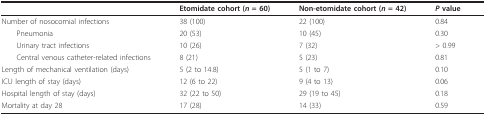
<table><thead><tr><td></td><td><b>Etomidate cohort (<i>n </i>= 60)</b></td><td><b>Non-etomidate cohort (<i>n </i>= 42)</b></td><td><b><i>P </i>value</b></td></tr></thead><tbody><tr><td>Number of nosocomial infections</td><td>38 (100)</td><td>22 (100)</td><td>0.84</td></tr><tr><td> Pneumonia</td><td>20 (53)</td><td>10 (45)</td><td>0.30</td></tr><tr><td> Urinary tract infections</td><td>10 (26)</td><td>7 (32)</td><td>&gt; 0.99</td></tr><tr><td> Central venous catheter-related infections</td><td>8 (21)</td><td>5 (23)</td><td>0.81</td></tr><tr><td>Length of mechanical ventilation (days)</td><td>5 (2 to 14.8)</td><td>5 (1 to 7)</td><td>0.10</td></tr><tr><td>ICU length of stay (days)</td><td>12 (6 to 22)</td><td>9 (4 to 13)</td><td>0.06</td></tr><tr><td>Hospital length of stay (days)</td><td>32 (22 to 50)</td><td>29 (19 to 45)</td><td>0.18</td></tr><tr><td>Mortality at day 28</td><td>17 (28)</td><td>14 (33)</td><td>0.59</td></tr></tbody></table>